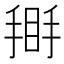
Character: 𢰿